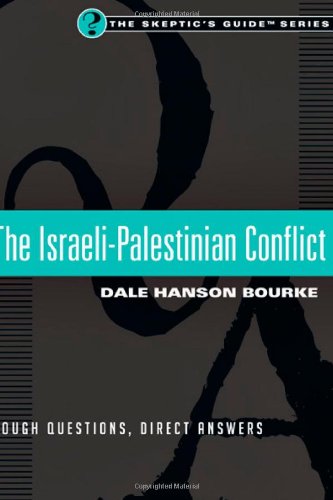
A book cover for The Israeli-Palestinian Conflict: Tough Questions, Direct Answers (Skeptic's Guide); Dale Hanson Bourke; History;